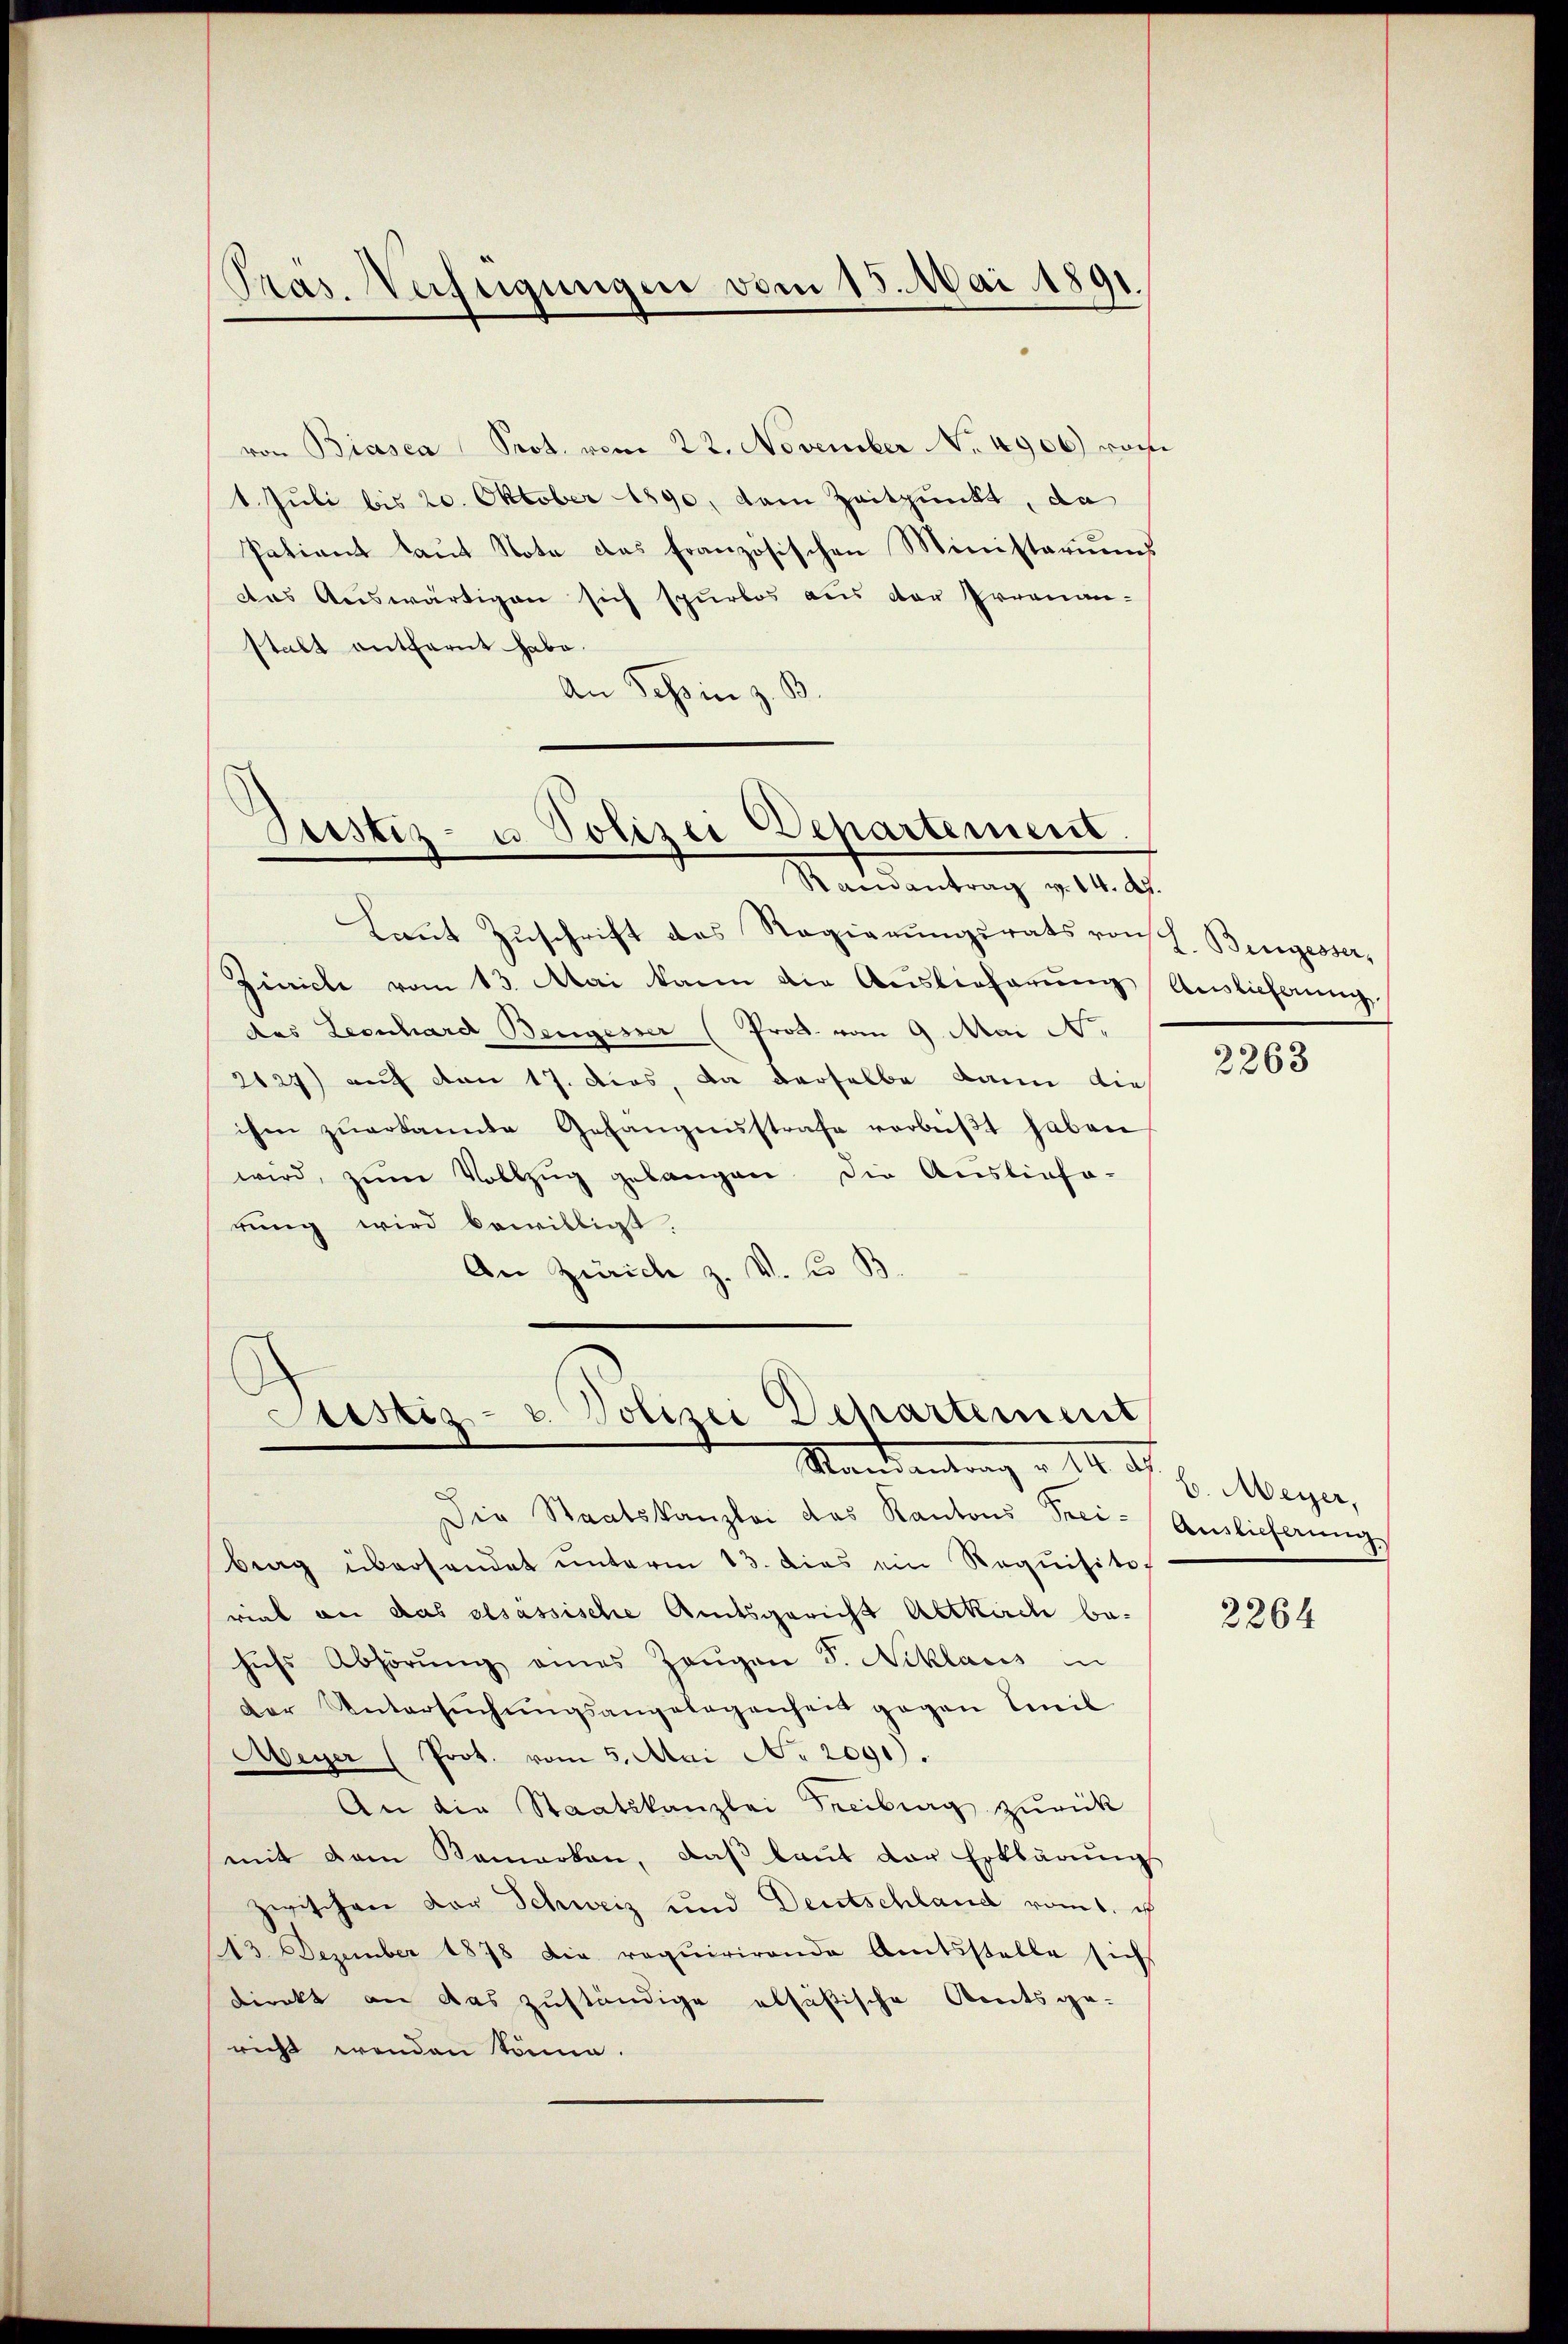
von Biasca Prot. vom 22. November No. 4906) vom
1. Juli bis 20. Oktober 1890, dem Zeitpunkt, da
Patiant laut Nota das französischen Ministeriums
das Auswärtigen sich spurlos aus der Irrenanstalt entfernt habe.
An Schin z. B.

Präs. Vechtigungen vom 15. Mai 1891.

Justiz- u Polizei Departement
Ramantrag v. 14. d.

Laŭt Zŭschrift des Regierŭngsrats von L. Bingesser,
Zinriche vom 13. Mai kann die Auslieferung Auslicherung
das Leonhard Bengesser (Prok. vom 9. Mai Nr.
2127) auf von 17. dies, da derselbe kann die
ihm zŭerkannte Gefangensstrafe verbeiβt haben
wird, zum Vollzŭg gelangen die Ausliefe-
rung wird bewilligt.
An Zürich z. v. J. B.

Sistiz- & Polizei Departement
Standantung v. 14.

Die Staatskanzlei das Kantons Freibrag überhandet unterm 13. dies ein Requisitiviel an das elsassische Amtsgericht Altkirch be-
hŭfs Abhörŭng eines Zeŭgen S. Niklaus in
der Untersŭchŭngsangelegenheit gegen Emil
Meyer (Prot. vom 5. Mai N. 2091).
An die Staatskanzlei Freiburg zurück
mit dem Kamerken, daβ laŭt der Erklärŭngs
zwischen Dor Schweiz und Deutschland vom 1. u.
13. Dezember 1878 die requirirende Amtsstelle sich
direkt an das zuständige alsüßische Amtsge-
richt wenden könne.

2263

b. Meyer,
Auslieferung

2264